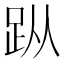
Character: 𧿛